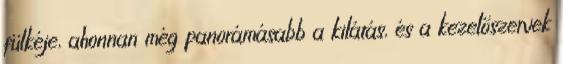
fülkéje, ahonnan még panorámásabb a kilátás, és a kezelőszervek